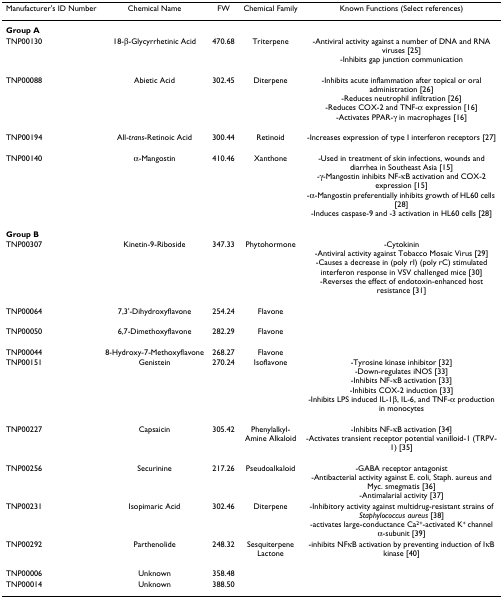
<table><thead><tr><td><b>Manufacturer&#x27;s ID Number</b></td><td><b>Chemical Name</b></td><td><b>FW</b></td><td><b>Chemical Family</b></td><td><b>Known Functions (Select references)</b></td></tr></thead><tbody><tr><td><b>Group A</b></td><td></td><td></td><td></td><td></td></tr><tr><td>TNP00130</td><td>18-β-Glycyrrhetinic Acid</td><td>470.68</td><td>Triterpene</td><td>-Antiviral activity against a number of DNA and RNA viruses [25]-Inhibits gap junction communication</td></tr><tr><td>TNP00088</td><td>Abietic Acid</td><td>302.45</td><td>Diterpene</td><td>-Inhibits acute inflammation after topical or oral administration [26]-Reduces neutrophil infiltration [26]-Reduces COX-2 and TNF-α expression [16]-Activates PPAR-γ in macrophages [16]</td></tr><tr><td>TNP00194</td><td>All-<i>trans</i>-Retinoic Acid</td><td>300.44</td><td>Retinoid</td><td>-Increases expression of type I interferon receptors [27]</td></tr><tr><td>TNP00140</td><td>α-Mangostin</td><td>410.46</td><td>Xanthone</td><td>-Used in treatment of skin infections, wounds and diarrhea in Southeast Asia [15]-γ-Mangostin inhibits NF-κB activation and COX-2 expression [15]-α-Mangostin preferentially inhibits growth of HL60 cells [28]-Induces caspase-9 and -3 activation in HL60 cells [28]</td></tr><tr><td><b>Group B</b></td><td></td><td></td><td></td><td></td></tr><tr><td>TNP00307</td><td>Kinetin-9-Riboside</td><td>347.33</td><td>Phytohormone</td><td>-Cytokinin-Antiviral activity against Tobacco Mosaic Virus [29]-Causes a decrease in (poly rI) (poly rC) stimulated interferon response in VSV challenged mice [30]-Reverses the effect of endotoxin-enhanced host resistance [31]</td></tr><tr><td>TNP00064</td><td>7,3&#x27;-Dihydroxyflavone</td><td>254.24</td><td>Flavone</td><td></td></tr><tr><td>TNP00050</td><td>6,7-Dimethoxyflavone</td><td>282.29</td><td>Flavone</td><td></td></tr><tr><td>TNP00044</td><td>8-Hydroxy-7-Methoxyflavone</td><td>268.27</td><td>Flavone</td><td></td></tr><tr><td>TNP00151</td><td>Genistein</td><td>270.24</td><td>Isoflavone</td><td>-Tyrosine kinase inhibitor [32]-Down-regulates iNOS [33]-Inhibits NF-κB activation [33]-Inhibits COX-2 induction [33]-Inhibits LPS induced IL-1β, IL-6, and TNF-α production in monocytes</td></tr><tr><td>TNP00227</td><td>Capsaicin</td><td>305.42</td><td>Phenylalkyl-Amine Alkaloid</td><td>-Inhibits NF-κB activation [34]-Activates transient receptor potential vanilloid-1 (TRPV-1) [35]</td></tr><tr><td>TNP00256</td><td>Securinine</td><td>217.26</td><td>Pseudoalkaloid</td><td>-GABA receptor antagonist-Antibacterial activity against E. coli, Staph. aureus and Myc. smegmatis [36]-Antimalarial activity [37]</td></tr><tr><td>TNP00231</td><td>Isopimaric Acid</td><td>302.46</td><td>Diterpene</td><td>-Inhibitory activity against multidrug-resistant strains of <i>Staphylococcus aureus </i>[38]-activates large-conductance Ca<sup>2+</sup>-activated K<sup>+ </sup>channel α-subunit [39]</td></tr><tr><td>TNP00292</td><td>Parthenolide</td><td>248.32</td><td>Sesquiterpene Lactone</td><td>-inhibits NFκB activation by preventing induction of IκB kinase [40]</td></tr><tr><td>TNP00006</td><td>Unknown</td><td>358.48</td><td></td><td></td></tr><tr><td>TNP00014</td><td>Unknown</td><td>388.50</td><td></td><td></td></tr></tbody></table>